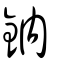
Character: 鈉